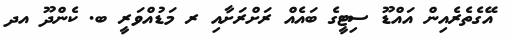
އޭގެތެރެއިން އައްޑޫ ސިޓީގެ ބައެއް ރަށްރަށާއި ރ މަޑުއްވަރީ ބ. ކެންދޫ އދ